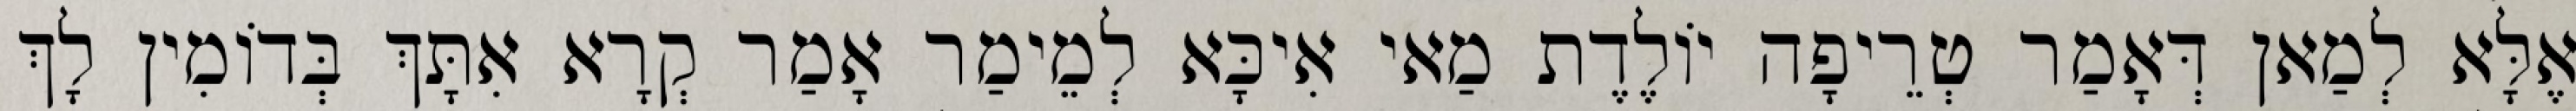
אֶלָּא לְמַאן דְּאָמַר טְרֵיפָה יוֹלֶדֶת מַאי אִיכָּא לְמֵימַר אָמַר קְרָא אִתָּךְ בְּדוֹמִין לָךְ